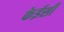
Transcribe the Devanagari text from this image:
केईसी